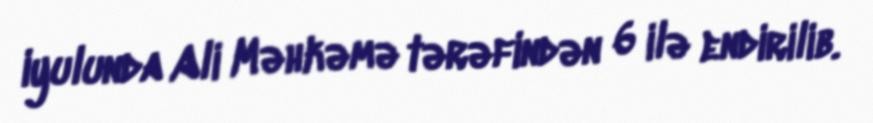
iyulunda Ali Məhkəmə tərəfindən 6 ilə endirilib.